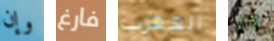
وإن فارغ العقرب كان